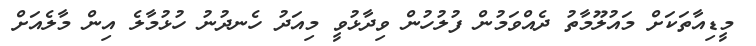
މީޑިއާތަކަށް މައުލޫމާތު ދެއްވަމުން ފުލުހުން ވިދާޅުވީ މިއަދު ހެނދުނު ހުޅުމާލެ އިން މާލެއަށް